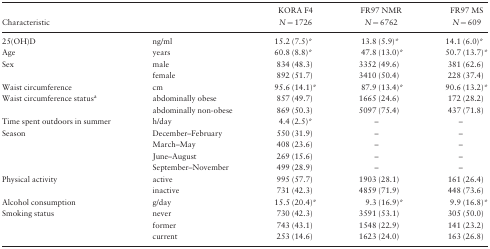
|  |  | KORA F4 | FR97 NMR | FR97 MS |
 | Characteristic |  | N = 1726 | N = 6762 | N = 609 |
 | --- | --- | --- | --- | --- |
 | 25(OH)D | ng/ml | 15.2 (7.5)* | 13.8 (5.9)* | 14.1 (6.0)* |
 | Age | years | 60.8 (8.8)* | 47.8 (13.0)* | 50.7 (13.7)* |
 | <ROWSPAN=2> Sex | male | 834 (48.3) | 3352 (49.6) | 381 (62.6) |
 | female | 892 (51.7) | 3410 (50.4) | 228 (37.4) |
 | Waist circumference | cm | 95.6 (14.1)* | 87.9 (13.4)* | 90.6 (13.2)* |
 | <ROWSPAN=2> Waist circumference statusa | abdominally obese | 857 (49.7) | 1665 (24.6) | 172 (28.2) |
 | abdominally non-obese | 869 (50.3) | 5097 (75.4) | 437 (71.8) |
 | Time spent outdoors in summer | h/day | 4.4 (2.5)* | – | – |
 | <ROWSPAN=4> Season | December–February | 550 (31.9) | – | – |
 | March–May | 408 (23.6) | – | – |
 | June–August | 269 (15.6) | – | – |
 | September–November | 499 (28.9) | – | – |
 | <ROWSPAN=2> Physical activity | active | 995 (57.7) | 1903 (28.1) | 161 (26.4) |
 | inactive | 731 (42.3) | 4859 (71.9) | 448 (73.6) |
 | Alcohol consumption | g/day | 15.5 (20.4)* | 9.3 (16.9)* | 9.9 (16.8)* |
 | <ROWSPAN=3> Smoking status | never | 730 (42.3) | 3591 (53.1) | 305 (50.0) |
 | former | 743 (43.1) | 1548 (22.9) | 141 (23.2) |
 | current | 253 (14.6) | 1623 (24.0) | 163 (26.8) |